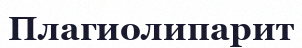
Плагиолипарит